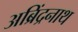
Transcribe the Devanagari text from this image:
अब्रिंद्रनाथ